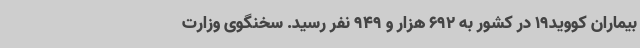
بیماران کووید19 در کشور به 692 هزار و 949 نفر رسید. سخنگوی وزارت